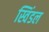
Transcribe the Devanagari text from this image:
स्विंडल